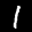
Label: 1